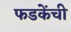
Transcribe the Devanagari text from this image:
फडकेंची